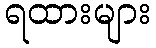
ရထားများ